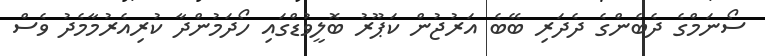
ސޯނަމްގެ ދެބެންގެ ދެދަރި ބޭބެ އަރުޖުން ކަޕޫރު ބޮލީވުޑްގައި ހޯދަމުންދާ ކުރިއެރުމާމެދު ވެސް